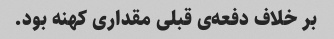
بر خلاف دفعه‌ی قبلی مقداری کهنه بود.